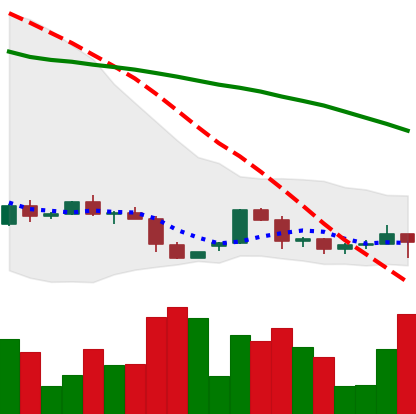
Ticker: ETH-USD
Chart end date: 2022-06-07
Forward return: -20.332%
Label: down_7plus